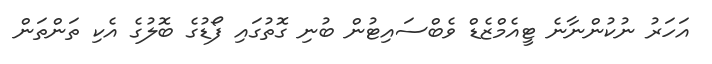
އަހަރު ނުކުންނާނެ ޓީއެމްޒެޑް ވެބްސައިޓުން ބުނި ގޮތުގައި ފޯޑުގެ ބޮލުގެ އެކި ތަންތަން